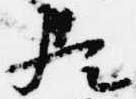
歟